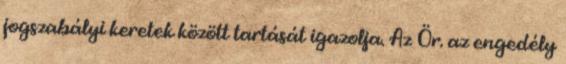
jogszabályi keretek között tartását igazolja. Az Ör. az engedély